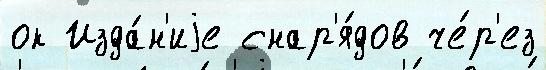
ок Изда́н'иjе снар'я́дов че́р'ез